Reports on military cantonments and civil stations in the Presidency of Bombay inspected by the Sanitary Commissioner in the years 1875 and 1876
Year: 1875
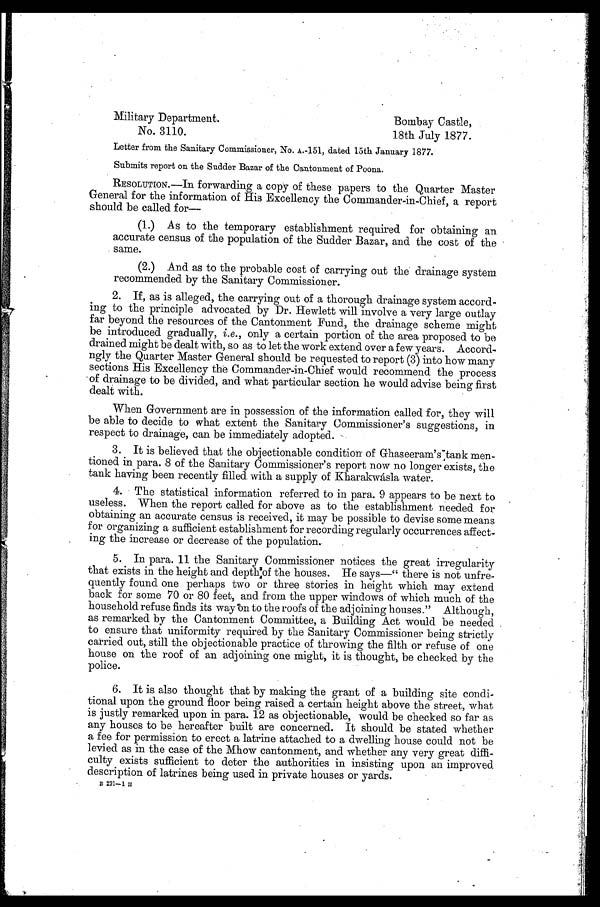
Military Department.
Bombay Castle,
No. 3110.
18th July 1877.
Letter from the Sanitary Commissioner, No. A.-151, dated 15th January 1877.
Submits report on the Sudder Bazar of the Cantonment of Poona.
RESOLUTION.—In forwarding a copy of these papers to the Quarter Master
General for the information of His Excellency the Commander-in-Chief, a report
should be called for—
(1.) As to the temporary establishment required for obtaining an
accurate census of the population of the Sudder Bazar, and the cost of the
same.
(2.) And as to the probable cost of carrying out the drainage system
recommended by the Sanitary Commissioner.
2. If, as is alleged, the carrying out of a thorough drainage system accord-
ing to the principle advocated by Dr. Hewlett will involve a very large outlay
far beyond the resources of the Cantonment Fund, the drainage scheme might
be introduced gradually, i.e., only a certain portion of the area proposed to be
drained might be dealt with, so as to let the work extend over a few years. Accord--
ngly the Quarter Master General should be requested to report (3) into how many
sections His Excellency the Commander-in-Chief would recommend the process
of drainage to be divided, and what particular section he would advise being first
dealt with.
When Government are in possession of the information called for, they will
be able to decide to what extent the Sanitary Commissioner's suggestions, in
respect to drainage, can be immediately adopted.
3. It is believed that the objectionable condition of Ghaseeram's tank men-
tioned in para. 8 of the Sanitary Commissioner's report now no longer exists, the
tank having been recently filled with a supply of Kharakwásla water.
4. The statistical information referred to in para. 9 appears to be next to
useless. When the report called for above as to the establishment needed for
obtaining an accurate census is received, it may be possible to devise some means
for organizing a sufficient establishment for recording regularly occurrences affect
ing the increase or decrease of the population..
5. In para. 11 the Sanitary Commissioner notices the great irregularity
that exists in the height and depth of the houses. He says—"there is not unfre-
quently found one perhaps two or three stories in height which may extend
back for some 70 or 80 feet, and from the upper windows of which much of the
household refuse finds its way on to the roofs of the adjoining houses." Although,
as remarked by the Cantonment Committee, a Building Act would be needed
to ensure that uniformity required by the Sanitary Commissioner being strictly
carried out, still the objectionable practice of throwing the filth or refuse of one
house on the roof of an adjoining one might, it is thought, be checked by the
police.
6. It is also thought that by making the grant of a building site
condi-tional upon the ground floor being raised a certain height above the street, what
is justly remarked upon in para. 12 as objectionable, would be checked so far as
any houses to be hereafter built are concerned. It should be stated whether
a fee for permission to erect a latrine attached to a dwelling house could not be
levied as in the case of the Mhow cantonment, and whether any very great diffi
-culty exists sufficient to deter the authorities in insisting upon an improved
description of latrines being used in private houses or yards.
B 221—1 H